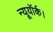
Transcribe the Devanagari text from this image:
न्यूयॉर्क।